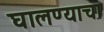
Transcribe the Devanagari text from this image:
घालण्‍याचा